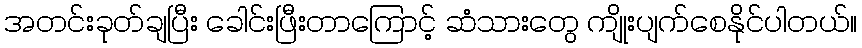
အတင်းခုတ်ချပြီး ခေါင်းဖြီးတာကြောင့် ဆံသားတွေ ကျိုးပျက်စေနိုင်ပါတယ်။